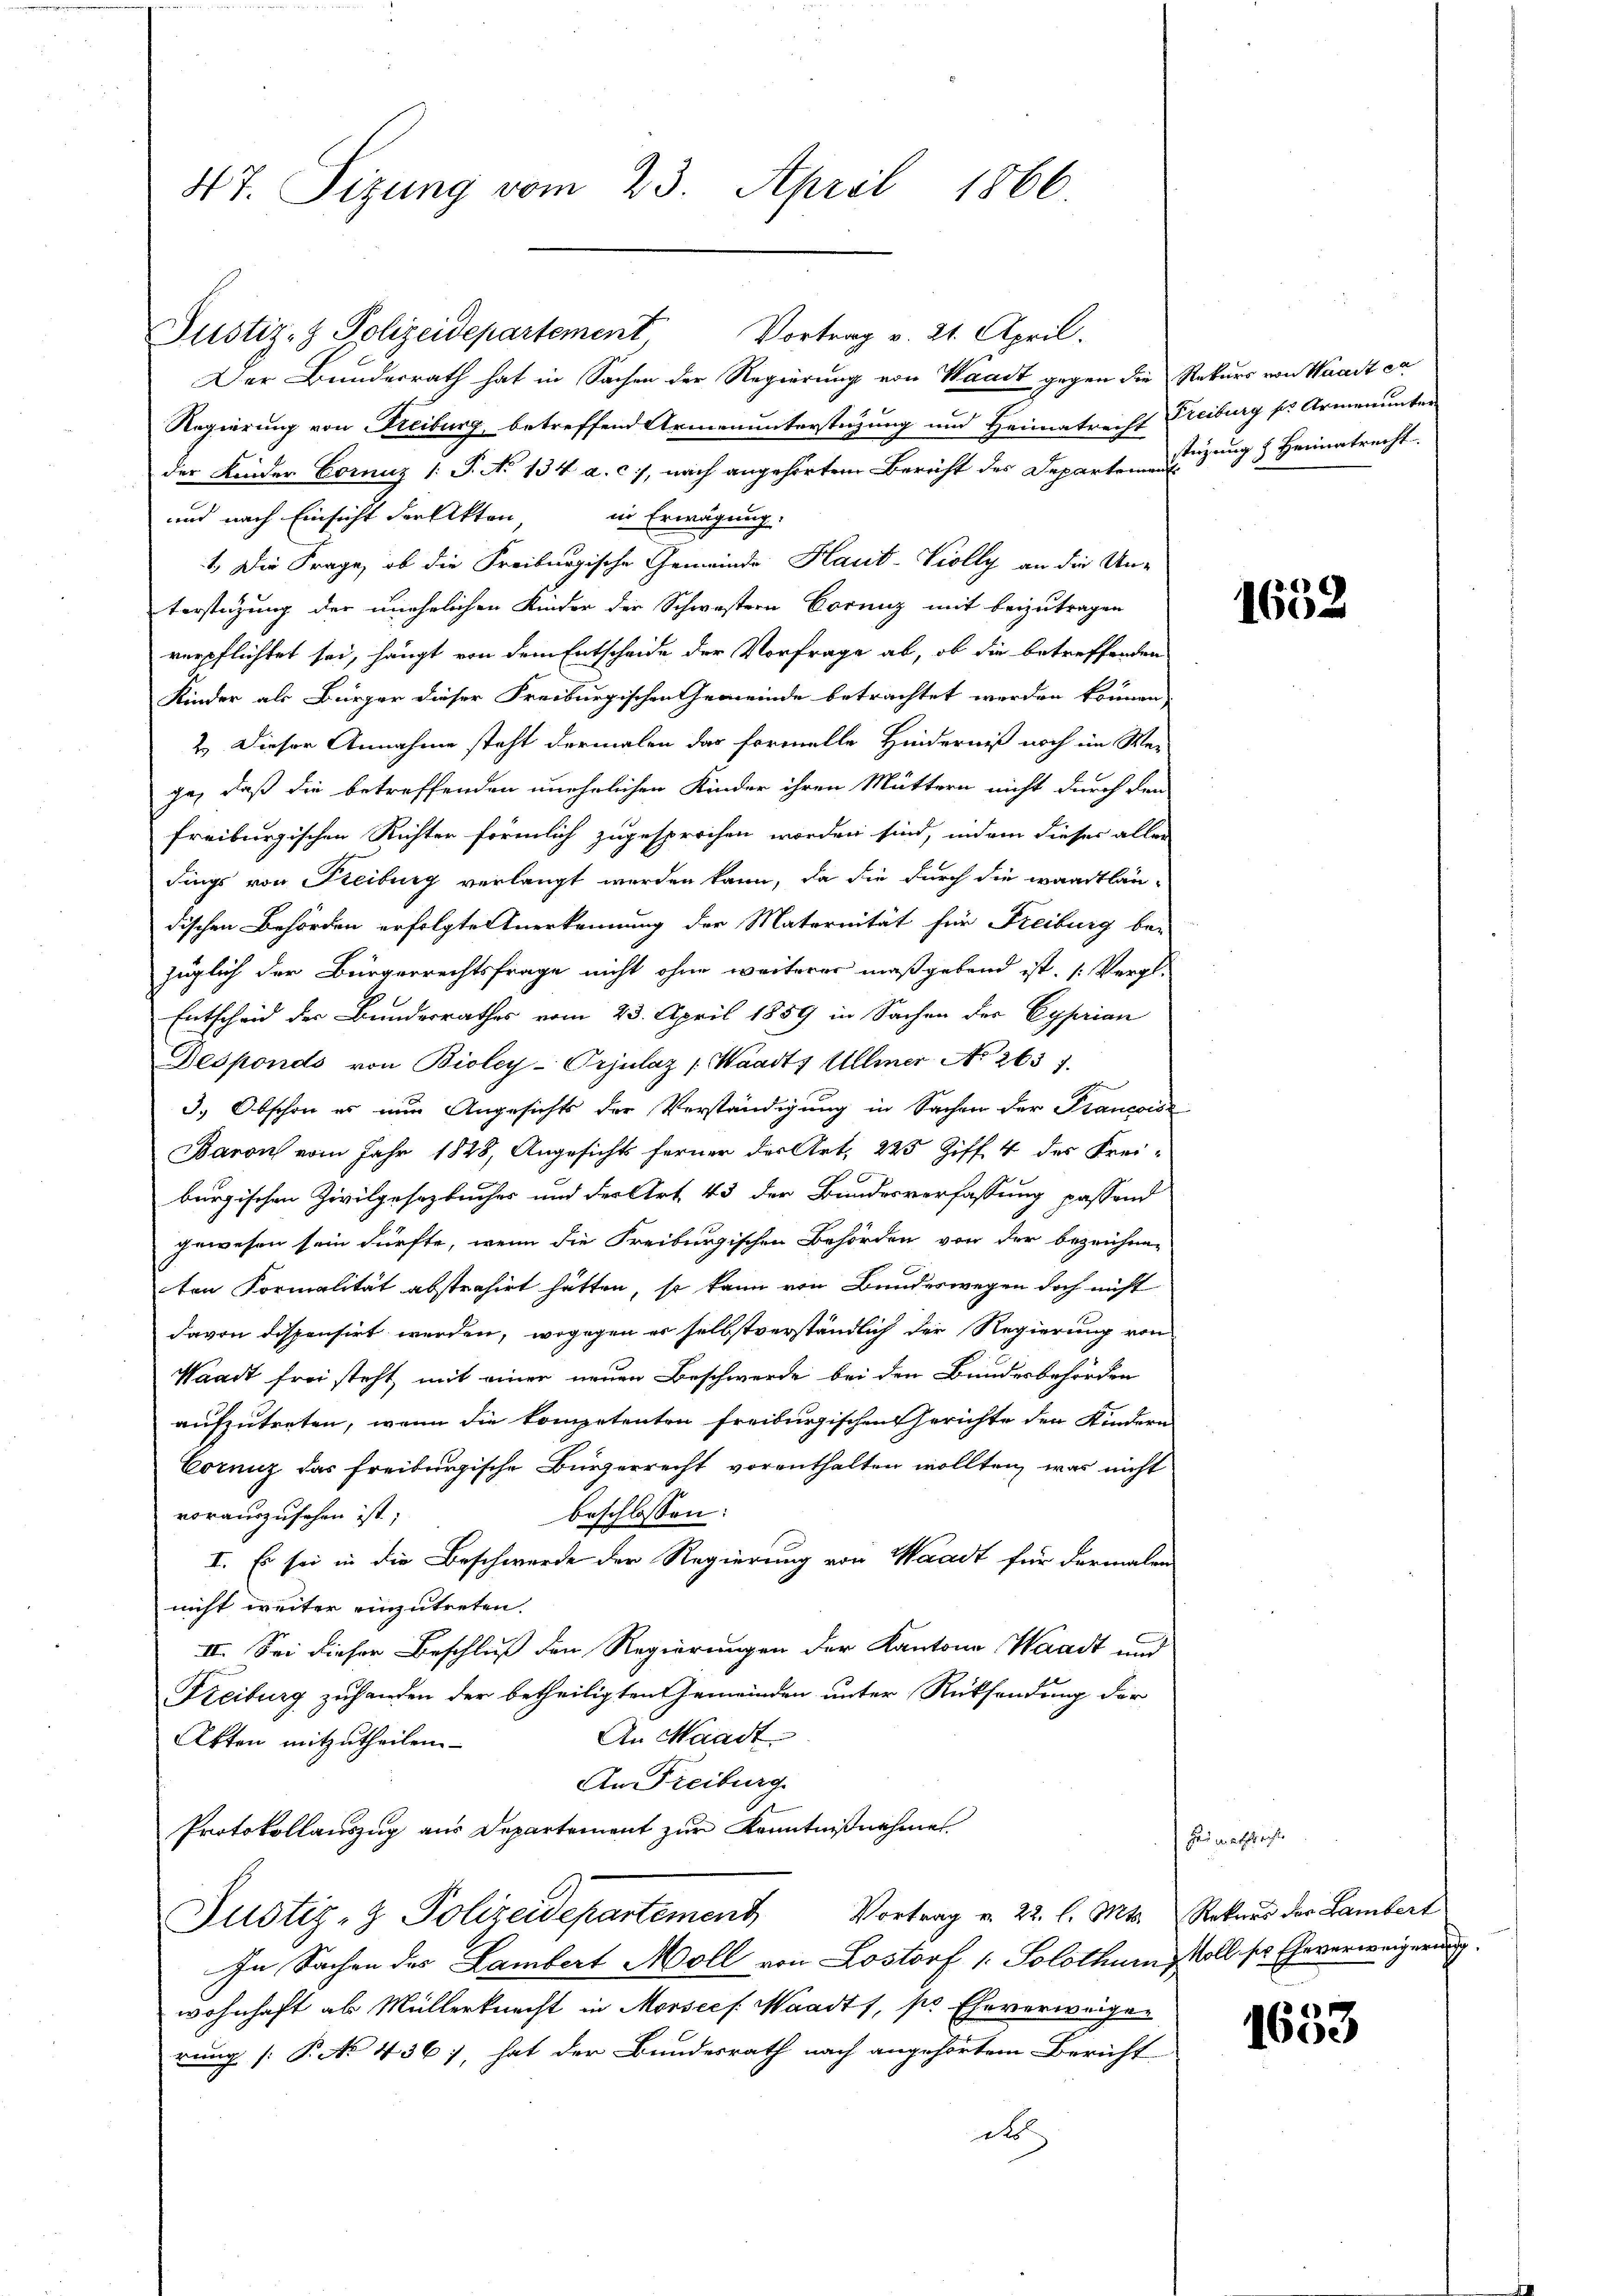
47. Sizung vom 23. April 1866.

Justiz- & Polizeidepartement Vortrag v. 21. April.
Der Bunderrath hat in Sachen der Regierung von Waadt gegen die Rekurs von Waadt ca
Regierung von Freiburg, betreffend Armenunterstüzung und Heimatrecht Freiburg ss Armenunter
der Kinder Corniz /: P. No 134 a. c., nach angehörtem Bericht des Departen Sitzung & Heimatrecht.
und nach Einsicht der Akten
in Erwägung.
1. Die Frage, ob die Freiburgische Gemeinde Haut-Violly an die Un-
terstützung der unehelichen Kinder der Schwestern Corniz mit beizutragen
verpflichtet sei, hängt von dem Entscheide der Vorfrage ab, ob die betreffenden
Kinder als Bürger dieser Freiburgischen Gemeinde betrachtet werden können,
2.) Dieser Annahme steht dermalen das formelle Hinderniß noch im We-
ge, daß die betreffenden unehrlichen Kinder ihren Muttern nicht durch den
freiburgischen Richter förmlich zugesprochen worden sind, indem dieser aller
dings von Freiburg verlangt werden kann, da die durch die waadtlän-
dischen Behörden erfolgte Anerkennung der Maternität für Freiburg be-
füglich der Bürgerrechtsfrage nicht ohne weiteres maßgebend ist. (Vergl.
Entscheid der Bundesrathes vom 23. April 1859 in Sachen der Cyprian
Desponds von Bioley-Prjulaz (Waadt, Ullmer No 263 f.
h
3.) Abschon es nur Angesichts der Verständigung in Sachen der Stancoise
Baron vom Jahr 1848, Angesichts ferner der Art. 225 Ziff. 4 des Freiburgischen Zivilgesetzbuches und der Art. 43 der Bundesverfassung passend
gewesen sein dürfte, wenn die Freiburgischen Behörden von der bezeichneten Formalität abstrahirt hätten, so kann von Bundeswegen doch nicht
davon dissensirt werden, wogegen er selbstverständlich der Regierung von
Waadt frei steht, mit einer neuen Beschwerde bei den Bundesbehörden
aufzutreten, wenn die kompetenten freiburgischen Gerichte den Kindern
Corniz das freiburgische Bürgerrecht vorenthalten wollten, was nicht
beschlossen:
vorauszusehen ist;
I. Es sei in die Beschwerde der Regierung von Waadt für dermalen
nicht weiter einzutreten.
II. Sei dieser Beschluß den Regierungen der Kantone Waadt und
Reiburg zuhanden der betheiligten Gemeinden unter Rücksendung der
An Waadt
Akten mitzutheilen.
An Freiburg.
Protokollauszug aus Departement zur Kenntnißnahme
Justiz- & Polizeidepartement Vortrag v. 22. l. Mts., Rekurs der Lambert
In Sachen des Lambert Moll von Lostorf 1. Solothur, soll ser Eheverweigerung.
wohnhaft ab Müllerknecht in Morsees Waadt, pr Eheverweiger
rung (: P. No 436), hat der Bundesrath nach angehörtem Bericht
d

1652

Heimathsrechte

1653